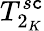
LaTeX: T_{2_{K}}^{s\mathtt{c}}